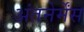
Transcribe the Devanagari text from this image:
अंतनेर्मेंस